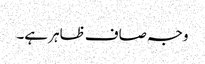
وجہ صاف ظاہر ہے۔